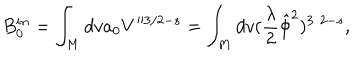
LaTeX: B _ { 0 } ^ { i n } = \int _ { M } d v a _ { 0 } V ^ { 3 / 2 - s } = \int _ { M } d v ( \frac { \lambda } { 2 } \hat { \phi } ^ { 2 } ) ^ { 3 / 2 - s } ,